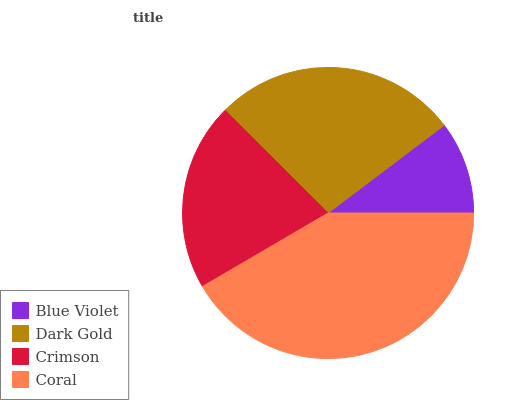
| Blue Violet | Dark Gold | Crimson | Coral |
 | --- | --- | --- | --- |
 | 10.3% | 27.2% | 20.9% | 41.6% |